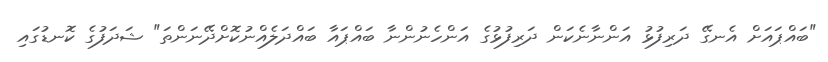
"ބައްޕައަށް އެނގޭ ދަރިފުޅު އަންނާނެކަން ދަރިފުޅުގެ އަންހެނުންނާ ބައްޕައާ ބައްދަލެއްނުކޮށްދޭނަންތަ" ޝަދަފުގެ ކޮނޑުގައި